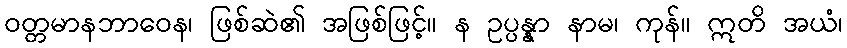
ဝတ္တမာနဘာဝေန၊ ဖြစ်ဆဲ၏ အဖြစ်ဖြင့်။ န ဥပ္ပန္နာ နာမ၊ ကုန်။ ဣတိ အယံ၊